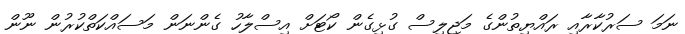
ނަމަ ސަރުކާރާއި ރައްޔިތުންގެ މަޖިލިސް ގުޅިގެން ކޯޓަށް އިސްލާހު ގެންނަން މަސައްކަތްކުރުން ނޫން